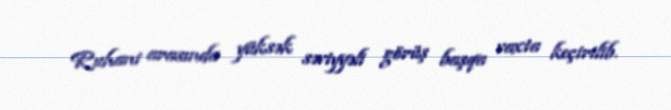
Ruhani arasında yüksək səviyyəli görüş başqa vaxta keçirilib.